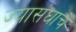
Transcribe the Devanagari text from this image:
ज्यासंघाचे